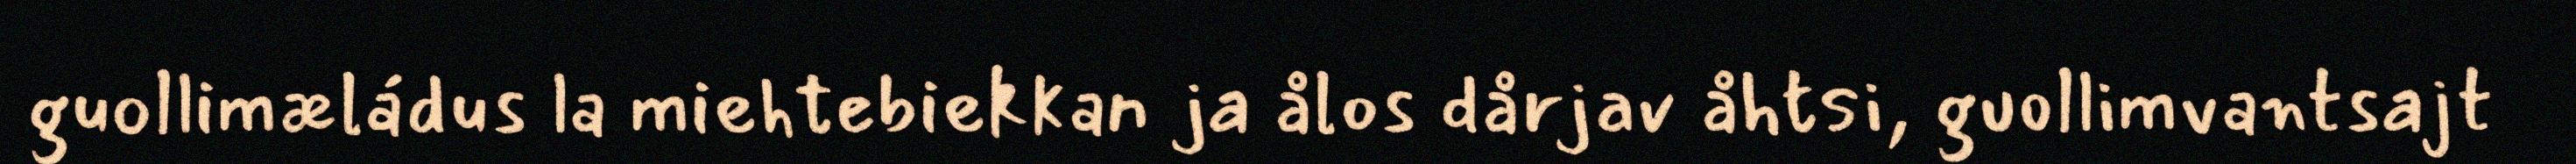
guollimæládus la miehtebiekkan ja ålos dårjav åhtsi, guollimvantsajt